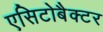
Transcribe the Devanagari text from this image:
एसिटोबैक्टर